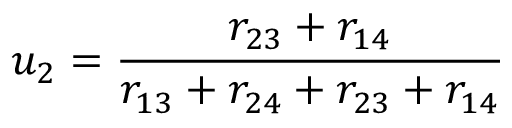
u _ { 2 } = \frac { r _ { 2 3 } + r _ { 1 4 } } { r _ { 1 3 } + r _ { 2 4 } + r _ { 2 3 } + r _ { 1 4 } }